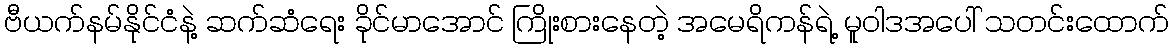
ဗီယက်နမ်နိုင်ငံနဲ့ ဆက်ဆံရေး ခိုင်မာအောင် ကြိုးစားနေတဲ့ အမေရိကန်ရဲ့ မူဝါဒအပေါ် သတင်းထောက်